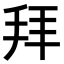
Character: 拜